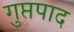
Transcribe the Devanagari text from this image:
गुप्तपाद